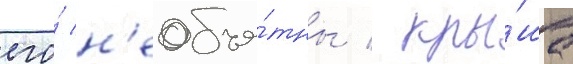
его́ н'еобъя́тны / кры́ша